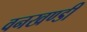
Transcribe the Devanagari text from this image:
वनखण्डी